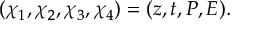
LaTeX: \left( \chi _ { 1 } , \chi _ { 2 } , \chi _ { 3 } , \chi _ { 4 } \right) = ( z , t , P , E ) .